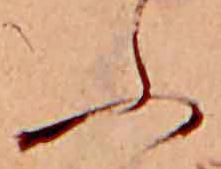
ふ